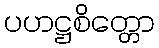
ပဟဋ္ဌစိတ္တော